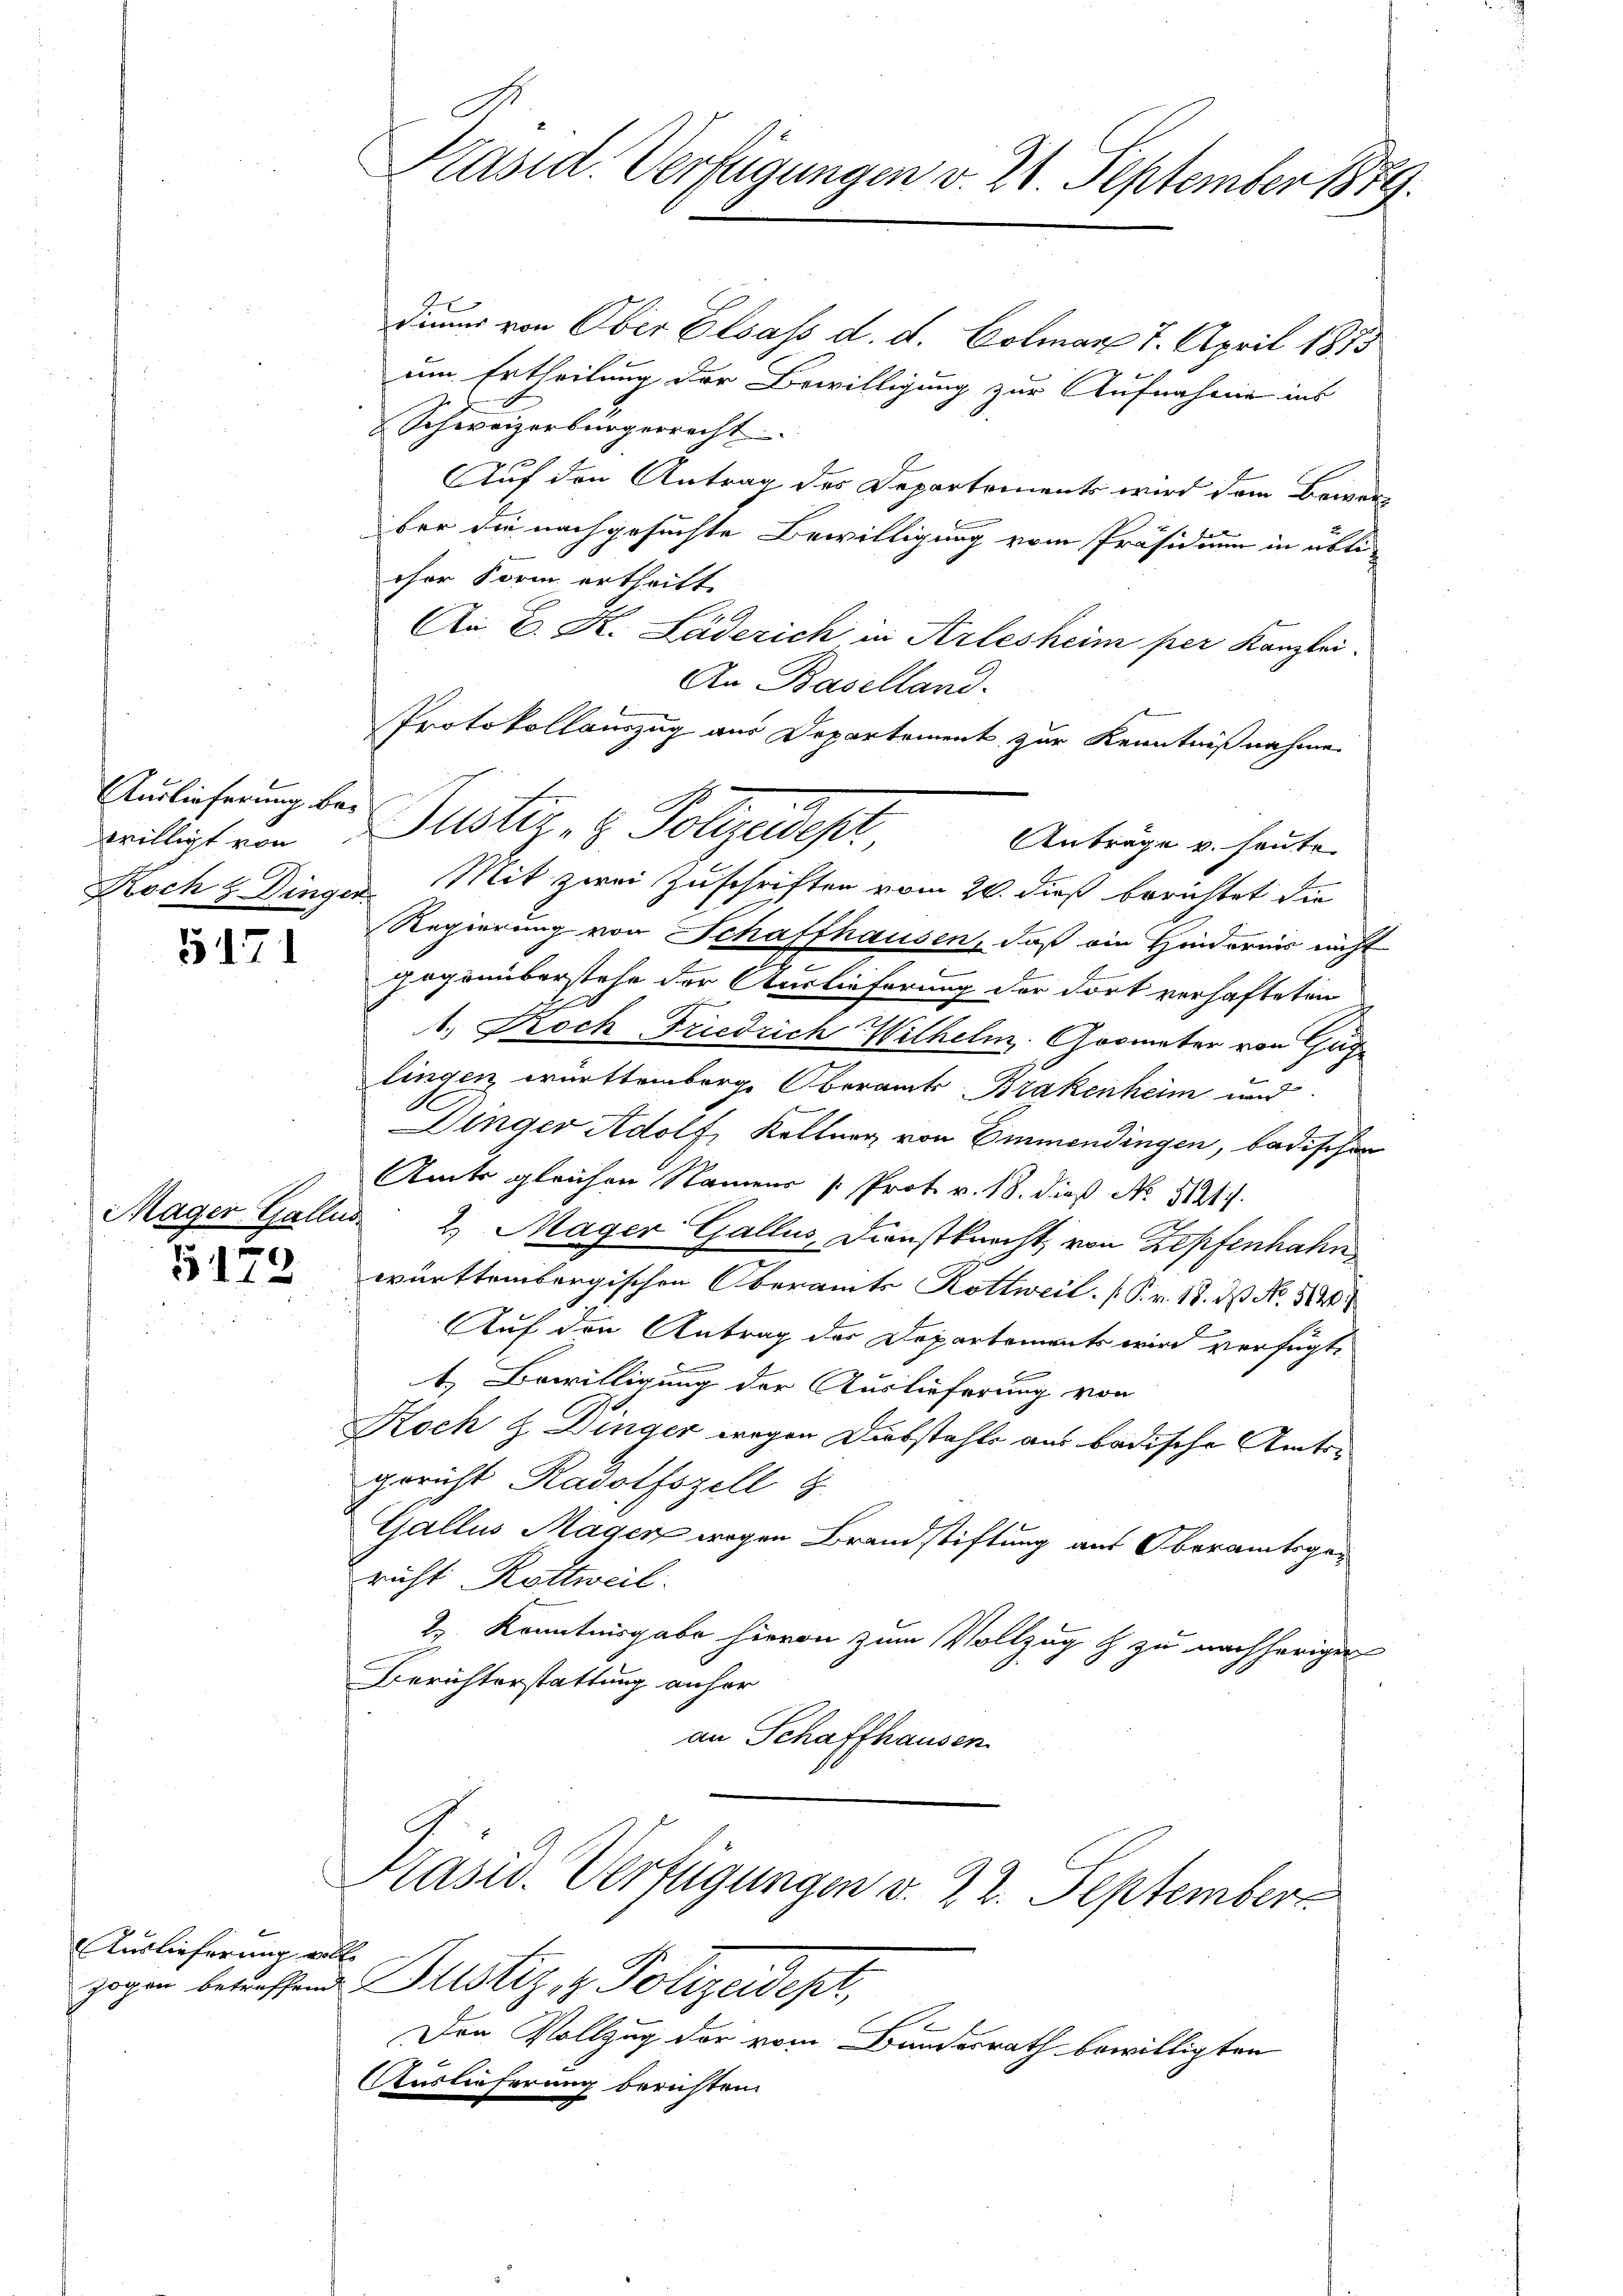
Auslieferung bewilligt von
Roch & Dinger.

5171

Mager Gallis.

5172

Auslieferung voll

Präsid. Verfügungen v. 21 September 1879.

diums von Ober Elsass d. d. Colmar 7. April 1875
um Ertheilung der Bewilligung zur Aufnahme ins
Schweizerbürgerrecht
e
Auf den Antrag des Departements wird dem Beiverber die nachgesuchte Bewilligung vom Präsidium in üblicher Form ertheilt.
An E. K. Läderich in Arlesheim per Kanzlei.
An Baselland.
Protokollauszug aus Departement zur Kenntnißnahme
Justiz- & Polizeidest
Anträge v. heute
Mit zwei Zuschriften vom 20. dieß berichtet die
Regierung von Schaffhausen, daß ein Hindernis nicht
gogenüberstehe der Auslieferung der dort verhafteten
2
1. Noch Friedrich Wilhelm Grometer von Guglingen württemberge Oberamts Brakenheim und
Dinger Adolf, Keltung von Emmendingen, badischen
Amts gleichen Namens [Prot. v. 18. dieß No 5121.
2. Mager Gallis, Dienstknecht, von Zopfenhahn
württembergischen Oberamte Kottweil. (Fr. 18. ds No. 1120.
Auf den Antrag der Departements wird verfügt,
t. Bewilligung der Auslieferung von
Koch & Dinger wegen Diebstahls aus badische Amtsgericht Radolfszell z
Gallus Magen wegen Brandstiftung aus Oberamtsgericht Rottweil.
2. Kenntnisgabe hievon zum Vollzug & zu nachherigen
Berichterstattung anher
an Schaffhausen

Präsid. Verfügungen v. 22. September
zogen betreffend Justiz, z. Polizeidepr
E
Den Vollzug der vom Bundesrath bewilligten
Auslieferung beruhten.